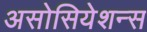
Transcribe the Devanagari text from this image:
असोसियेशन्स